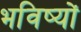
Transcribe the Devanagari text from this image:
भविष्यों